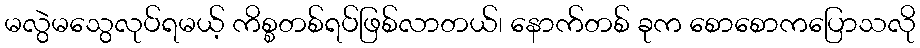
မလွဲမသွေလုပ်ရမယ့် ကိစ္စတစ်ရပ်ဖြစ်လာတယ်၊ နောက်တစ် ခုက စောစောကပြောသလို